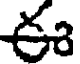
ఈ